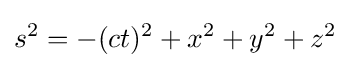
s^{2}=-(ct)^{2}+x^{2}+y^{2}+z^{2}